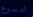
لمسرح